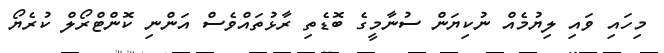
މިހައި ވައި ލިޔުމެެއް ނުކިޔަން ސުނާމީގެ ބޮޑެތި ރާޅުތައްވެސް އަންނި ކޮންޓްރޯލް ކުރެޔޯ